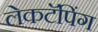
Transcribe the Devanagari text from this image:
लेकटॅपिंग